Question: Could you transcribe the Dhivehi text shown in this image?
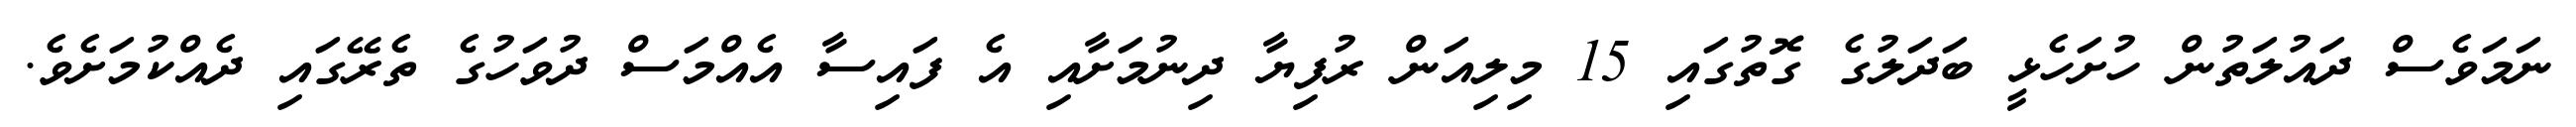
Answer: ނަމަވެސް ދައުލަތުން ހުށަހެޅީ ބަދަލުގެ ގޮތުގައި 15 މިލިއަން ރުފިޔާ ދިނުމަށާއި އެ ފައިސާ އެއްމަސް ދުވަހުގެ ތެރޭގައި ދެއްކުމަށެވެ.